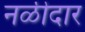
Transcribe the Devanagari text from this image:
नळीदार